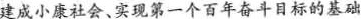
建成小康社会、实现第一个百年奋斗目标的基础